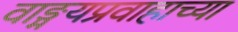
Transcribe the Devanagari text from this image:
वाङ्मयप्रवाहाच्या